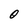
Character: 0